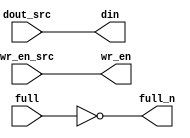
`timescale 1ns / 1ps
//////////////////////////////////////////////////////////////////////////////////
// Company: 
// Engineer: 
// 
// Design Name: 
// Module Name:    FIFO_write_conn 
// Project Name: 
// Target Devices: 
// Tool versions: 
// Description: 
//
// Dependencies: 
//
// Revision: 
// Revision 0.01 - File Created
// Additional Comments: 
//
//////////////////////////////////////////////////////////////////////////////////
module FIFO_write_conn#
(parameter DATA_WIDTH = 32)
(
	input [DATA_WIDTH-1:0] dout_src,
	input wr_en_src,
	output full_n,
	
	output [DATA_WIDTH-1:0] din,
	output wr_en,
	input full
	
	

    );



assign din = dout_src;
assign wr_en = wr_en_src;
assign full_n = ~full;


endmodule